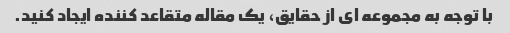
با توجه به مجموعه ای از حقایق، یک مقاله متقاعد کننده ایجاد کنید.